Civil Veterinary Dept. North-West Frontier Province 1933-46 - 1933-1946
Year: 1933
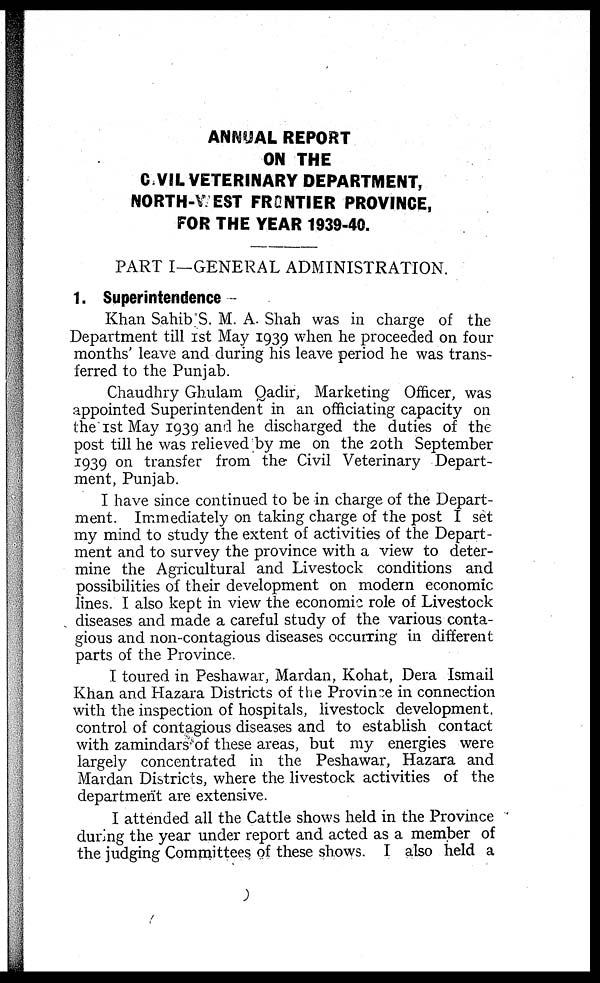
ANNUAL REPORT
ON THE
CIVIL VETERINARY DEPARTMENT,
NORTH-WEST FRONTIER PROVINCE,
FOR THE YEAR 1939-40.
PART I—GENERAL ADMINISTRATION.
1. Superintendence
Khan Sahib S. M. A. Shah was in charge of the
Department till 1st May 1939 when he proceeded on four
months' leave and during his leave period he was trans-
ferred to the Punjab.
Chaudhry Ghulam Qadir, Marketing Officer, was
appointed Superintendent in an officiating capacity on
the 1st May 1939 and he discharged the duties of the
post till he was relieved by me on the 20th September
1939 on transfer from the Civil Veterinary Depart-
ment, Punjab.
I have since continued to be in charge of the Depart-
ment. Immediately on taking charge of the post I set
my mind to study the extent of activities of the Depart-
ment and to survey the province with a view to deter-
mine the Agricultural and Livestock conditions and
possibilities of their development on modern economic
lines. I also kept in view the economic role of Livestock
diseases and made a careful study of the various conta-
gious and non-contagious diseases occurring in different
parts of the Province.
I toured in Peshawar, Mardan, Kohat, Dera Ismail
Khan and Hazara Districts of the Province in connection
with the inspection of hospitals, livestock development,
control of contagious diseases and to establish contact
with zamindars of these areas, but my energies were
largely concentrated in the Peshawar, Hazara and
Mardan Districts, where the livestock activities of the
department are extensive.
I attended all the Cattle shows held in the Province
during the year under report and acted as a member of
the judging Committees of these shows. I also held a